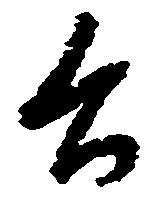
公